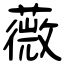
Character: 薇